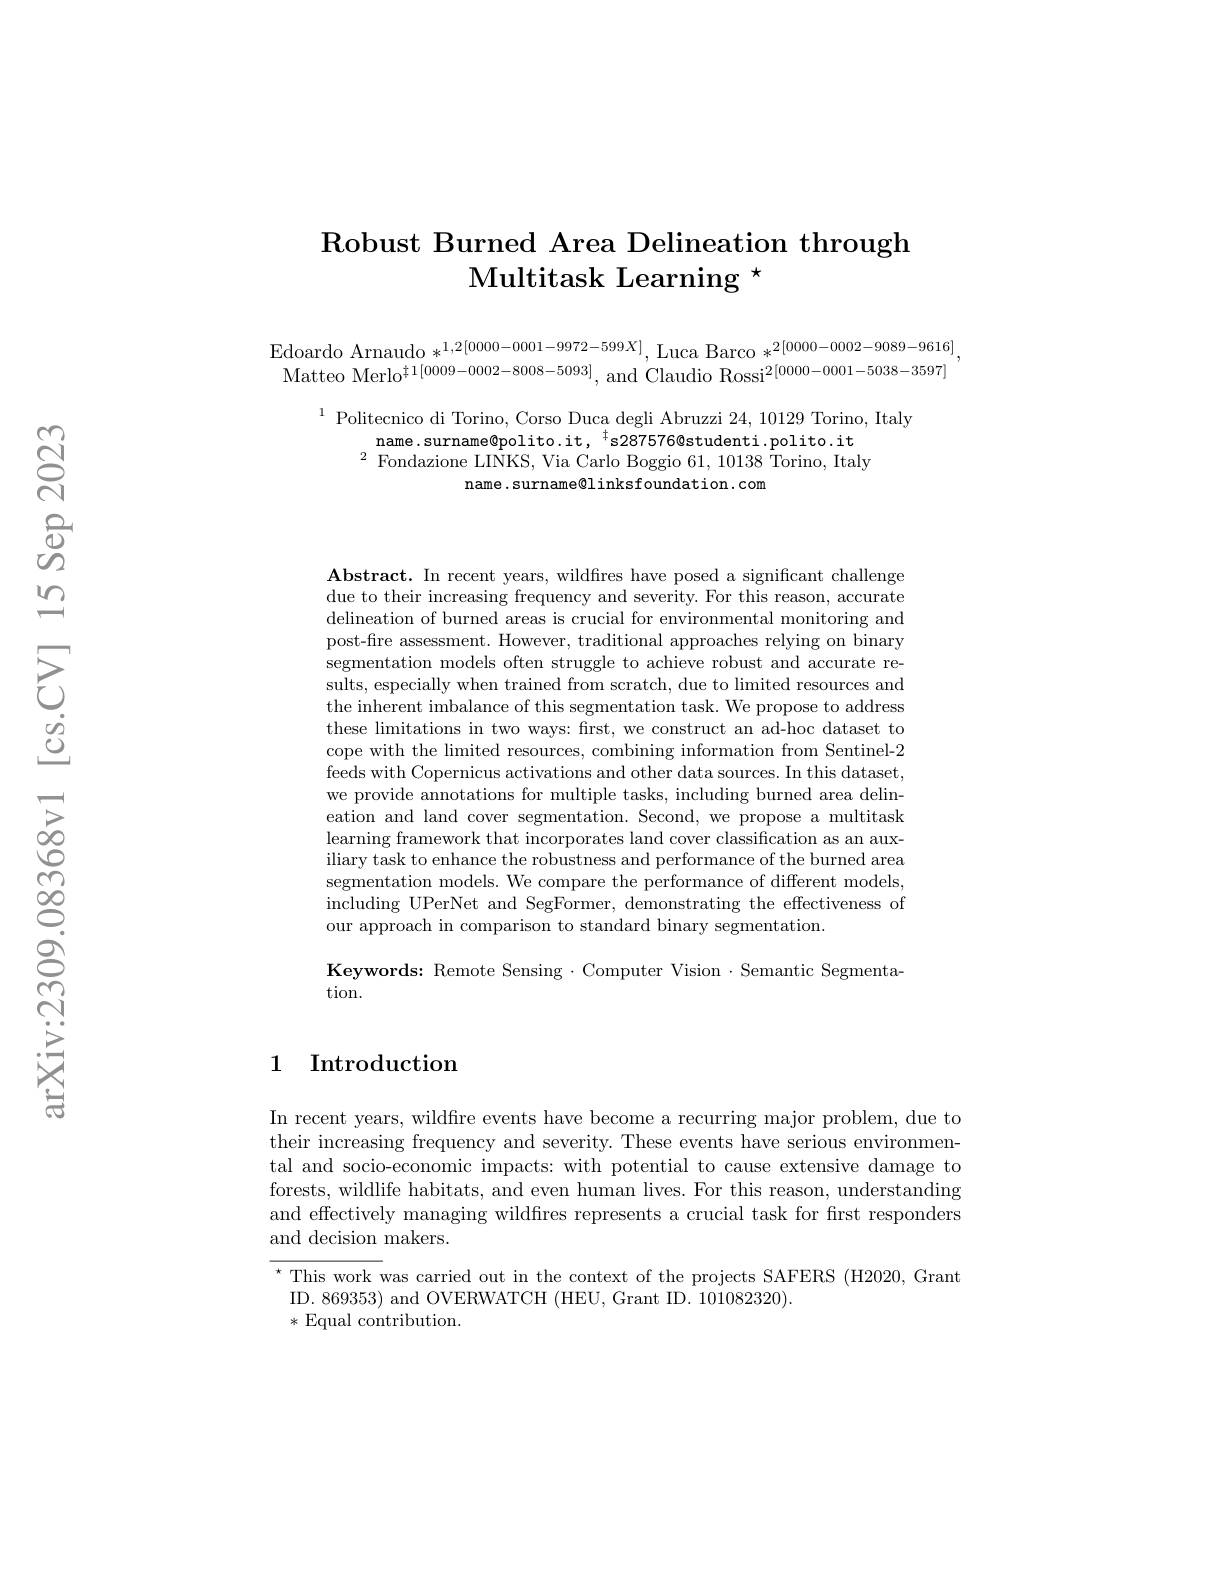
## Robust Burned Area Delineation through $\mathrm{Multitask~Learning~}^{\star}$

$\begin{array}{c}{\mathrm{Edoardo~Arnaudo~*^{1,2[0000-0001-9972-599X]},~Luca~Barco~*^{2[0000-0002-9089-9616]}}}\\{\mathrm{Matteo~Merlo^{\ddagger1[0009-0002-8008-5093]},~and~Claudio~Rossi^{2[0000-0001-5038-3597]}}},\end{array}$

$^{1}$ Politecnico di Torino, Corso Duca degli Abruzzi 24,10129 Torino, Italy
name.surname@polito.it, $^{\dagger}$s287576@studenti.polito.it $^{2}$ Fondazione LINKS, Via Carlo Boggio 61, 10138 Torino, Italy
name . surname@l inksfoundation . com

$\textbf{Abstract. In recent years, wildfires have posed a significant challenge}$ due to their increasing frequency and severity. For this reason, accurate delineation of burned areas is crucial for environmental monitoring and post-fire assessment. However, traditional approaches relying on binary segmentation models often struggle to achieve robust and accurate results, especially when trained from scratch, due to limited resources and the inherent imbalance of this segmentation task. We propose to address these limitations in two ways: first, we construct an ad-hoc dataset to cope with the limited resources, combining information from Sentinel-2 feeds with Copernicus activations and other data sources. In this dataset, we provide annotations for multiple tasks, including burned area delineation and land cover segmentation. Second, we propose a multitask learning framework that incorporates land cover classification as an auxiliary task to enhance the robustness and performance of the burned area segmentation models. We compare the performance of different models, including UPerNet and SegFormer, demonstrating the effectiveness of our approach in comparison to standard binary segmentation.

Keywords: Remote Sensing·Computer Vision $\cdot$Semantic Segmenta-
tion.

1 Introduction

In recent years, wildfire events have become a recurring major problem, due to their increasing frequency and severity. These events have serious environmental and socio-economic impacts: with potential to cause extensive damage to forests, wildlife habitats, and even human lives. For this reason, understanding and effectively managing wildfires represents a crucial task for first responders and decision makers.

$^{\star}$ This work was carried out in the context of the projects SAFERS (H2020, Grant
ID. 869353) and OVERWATCH (HEU, Grant ID. 101082320)
* Equal contribution.